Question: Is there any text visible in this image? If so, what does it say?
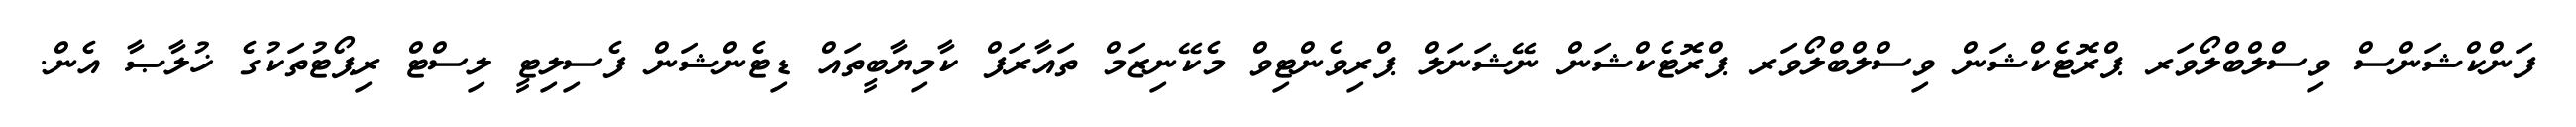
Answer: ފަންކްޝަންސް ވިސްލްބްލޯވަރ ޕްރޮޓެކްޝަން ވިސްލްބްލޯވަރ ޕްރޮޓެކްޝަން ނޭޝަނަލް ޕްރިވެންޓިވް މެކޭނިޒަމް ތައާރަފް ކާމިޔާބީތައް ޑިޓެންޝަން ފެސިލިޓީ ލިސްޓް ރިޕޯޓުތަކުގެ ޚުލާޞާ އެން.